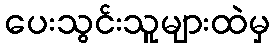
ပေးသွင်းသူများထဲမှ